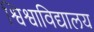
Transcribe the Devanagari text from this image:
श्विश्वाविद्यालय